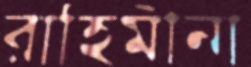
রাহিমীনা